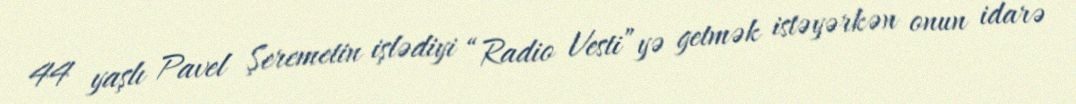
44 yaşlı Pavel Şeremetin işlədiyi “Radio Vesti”yə getmək istəyərkən onun idarə